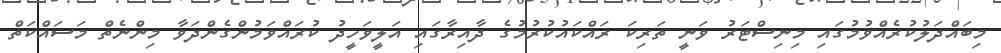
މިބައްދަލުކުރެއްވުމުގައި މިނިސްޓަރު ވަނީ ތަރިކަ ރައްކައުކުރުމުގެ ދާއިރާގައި އަލީވަހީދު ކުރައްވަމުންގެންދަވާ މިންނެތް މަސައްކަތް